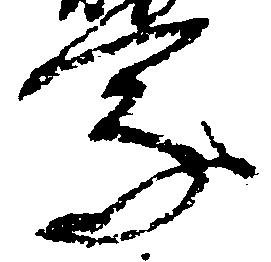
乗